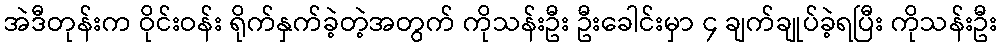
အဲဒီတုန်းက ဝိုင်းဝန်း ရိုက်နှက်ခဲ့တဲ့အတွက် ကိုသန်းဦး ဦးခေါင်းမှာ ၄ ချက်ချုပ်ခဲ့ရပြီး ကိုသန်းဦး